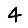
Digit: 4